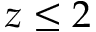
z \le 2